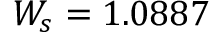
W _ { s } = 1 . 0 8 8 7